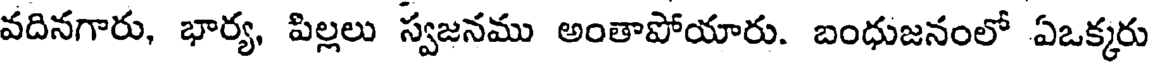
వదినగారు, భార్య, పిల్లలు స్వజనము అంతాపోయారు. బంధుజనంలో ఏఒక్కరు